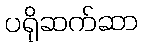
ပရိုဆက်ဆာ